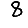
Digit: 8